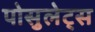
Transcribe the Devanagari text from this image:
पोसुलेट्स